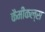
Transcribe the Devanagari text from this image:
कैमीकल्स